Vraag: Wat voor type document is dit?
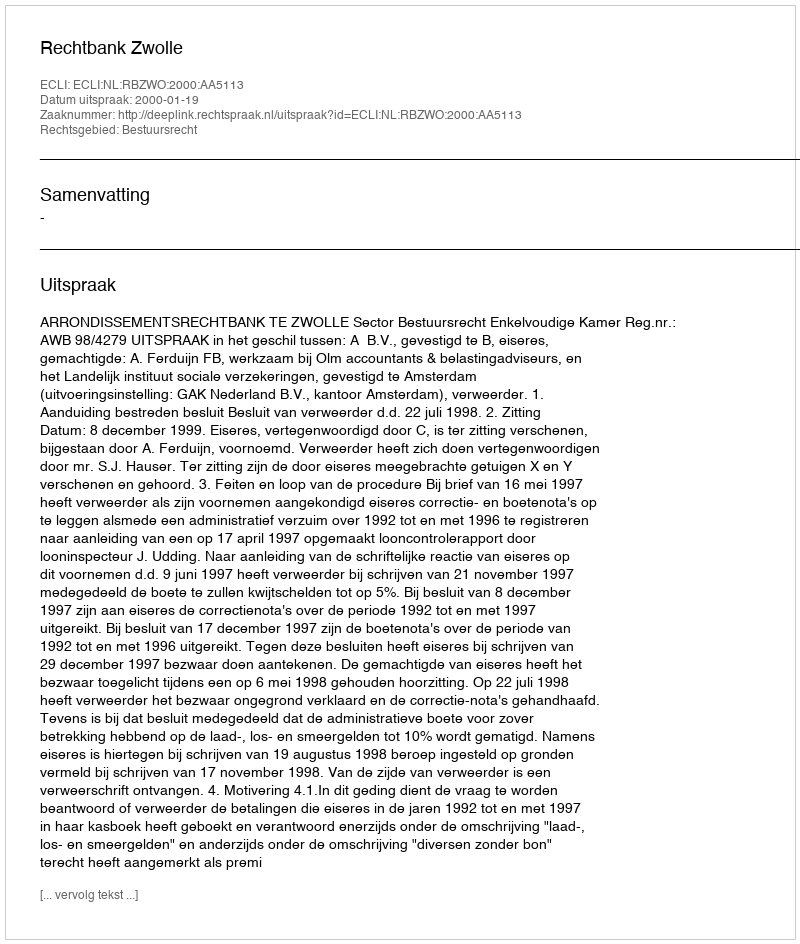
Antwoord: Uitspraak